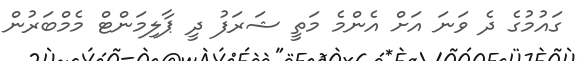
ގައުމުގެ ދެ ވަނަ އަށް އެންމެ މަތީ ޝަރަފު ދީ ޕާލިމަންޓް މެމްބަރުން